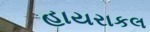
હાયરાકલ